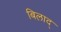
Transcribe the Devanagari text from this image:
बिलाद्